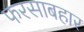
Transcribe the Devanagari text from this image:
फरसाबहार